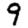
Digit: 9